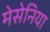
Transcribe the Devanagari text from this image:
मेसेनिया